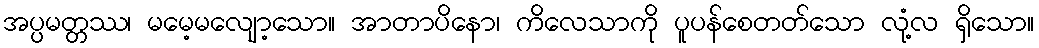
အပ္ပမတ္တဿ၊ မမေ့မလျော့သော။ အာတာပိနော၊ ကိလေသာကို ပူပန်စေတတ်သော လုံ့လ ရှိသော။